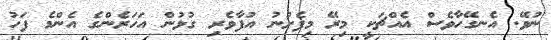
ނުވޭ. އެނގޭހާވެސް އެއްޗަކީ މިރޭ މިފެށުނު އުފާވެރި ގުޅުން އަހަރެންގެ އެންމެ ފަހު